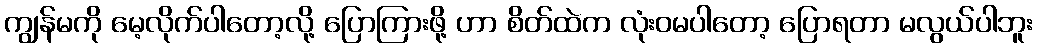
ကျွန်မကို မေ့လိုက်ပါတော့လို့ ပြောကြားဖို့ ဟာ စိတ်ထဲက လုံးဝမပါတော့ ပြောရတာ မလွယ်ပါဘူး